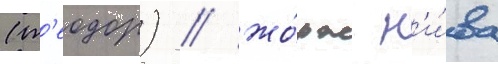
(т'еодор) / жо́рж н'и́ва